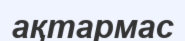
ақтармас